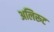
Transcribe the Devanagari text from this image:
अलिरूट